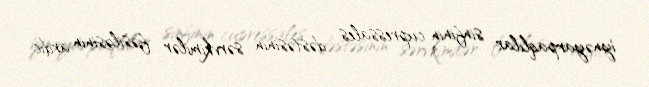
i̇ynəyarpaqlılar sinfinin cupressales dəstəsinin sərvkimilər fəsiləsinin ardıc